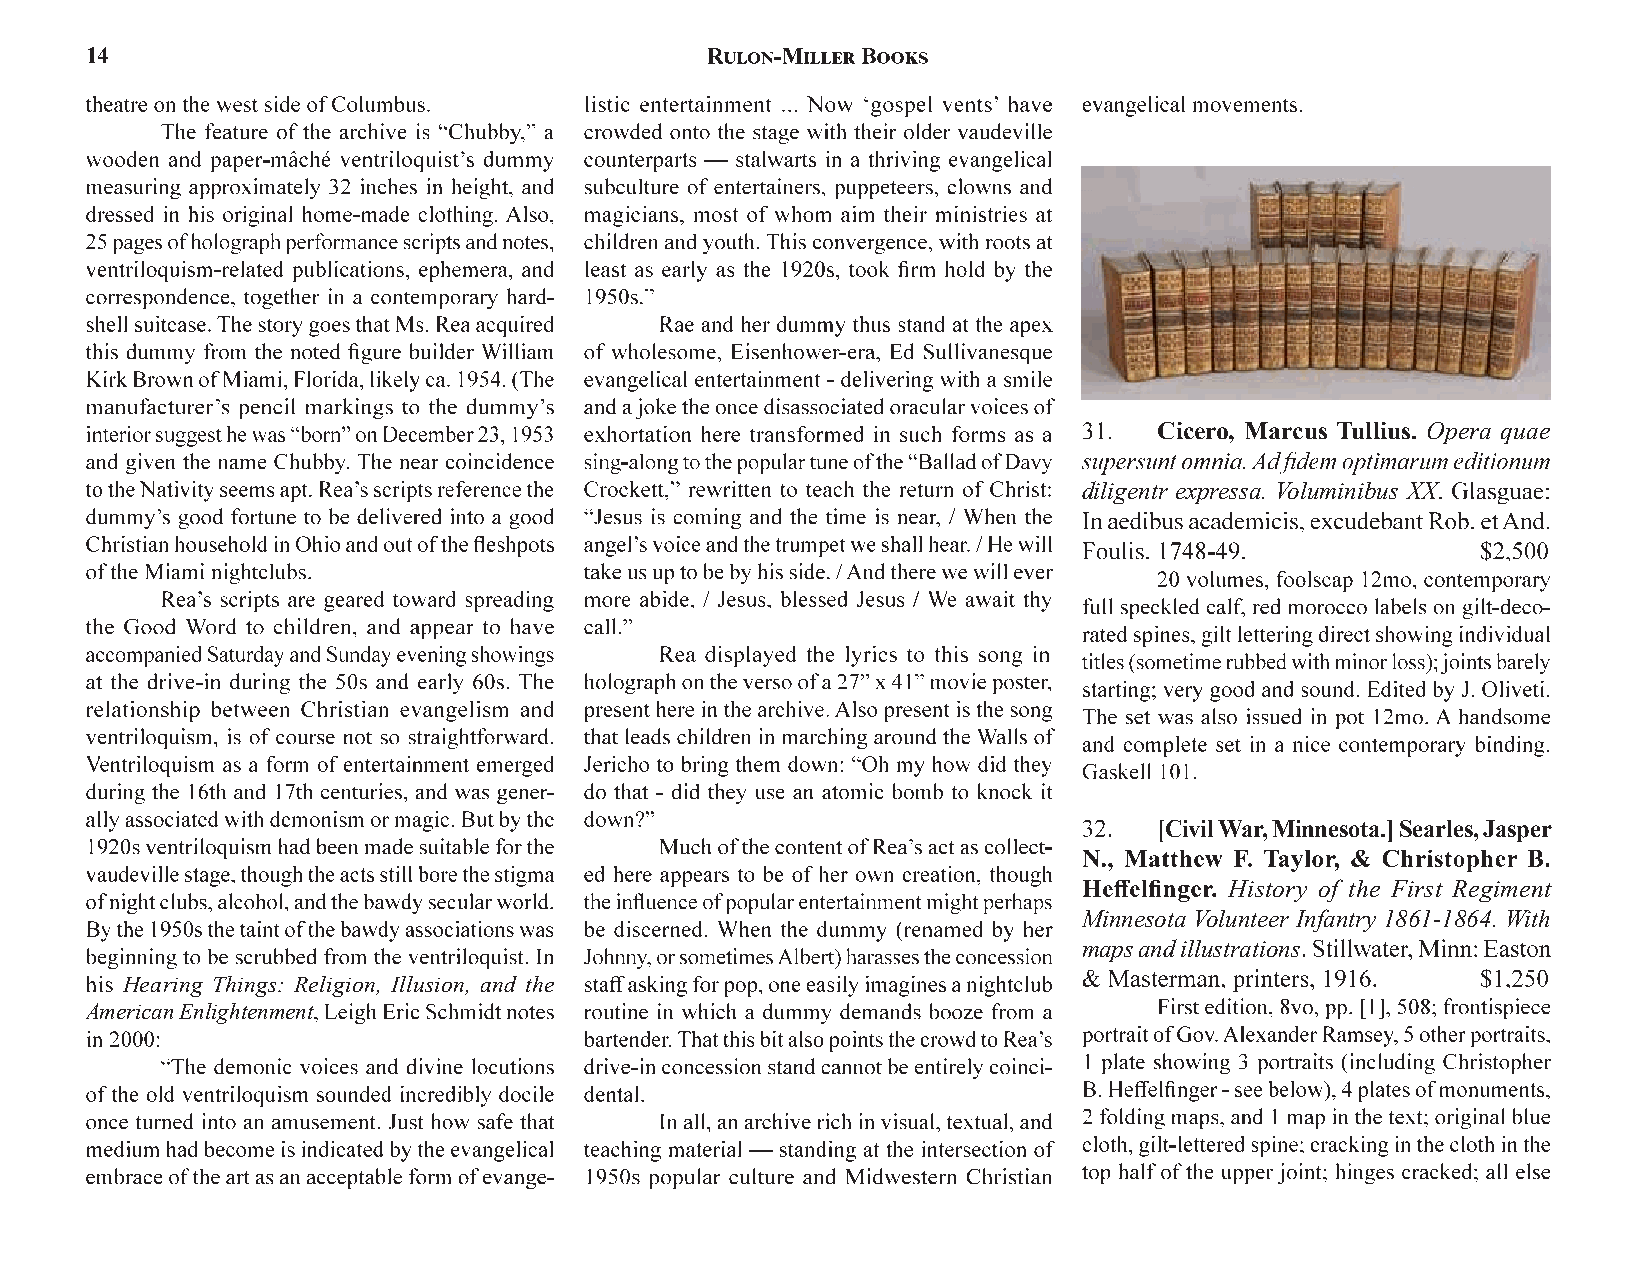
14
 Cicero, Marcus Tullius. Opera quae
 diligentr expressa. Voluminibus XX
 [Civil War, Minnesota.]Searles, Jasper
 History of the First Regiment
 Minnesota Volunteer Infantry 1861-1864. With
 maps and illustrations
 Hearing Things: Religion, Illusion, and the
 American Enlightenment